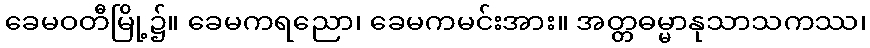
ခေမဝတီမြို့၌။ ခေမကရညော၊ ခေမကမင်းအား။ အတ္တဓမ္မာနုသာသကဿ၊